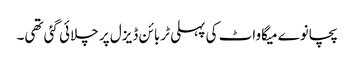
پچانوے میگاواٹ کی پہلی ٹربائن ڈیزل پر چلائی گئی تھی۔